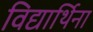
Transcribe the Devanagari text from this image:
विद्यार्थिना